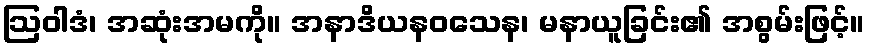
ဩဝါဒံ၊ အဆုံးအမကို။ အနာဒိယနဝသေန၊ မနာယူခြင်း၏ အစွမ်းဖြင့်။